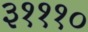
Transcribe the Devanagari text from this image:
३१११०